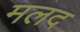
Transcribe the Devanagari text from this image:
मलद